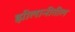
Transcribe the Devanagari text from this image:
झीलानीतील